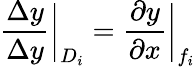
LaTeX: \frac{\Delta y}{\Delta y}\bigg|_{D_{i}}=\frac{\partial y}{\partial x}\bigg|_{f_{i}}